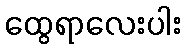
ထွေရာလေးပါး